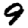
Digit: 9